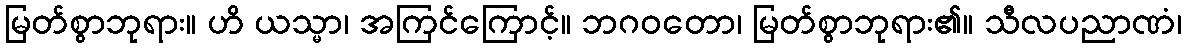
မြတ်စွာဘုရား။ ဟိ ယသ္မာ၊ အကြင်ကြောင့်။ ဘဂဝတော၊ မြတ်စွာဘုရား၏။ သီလပညာဏံ၊